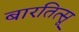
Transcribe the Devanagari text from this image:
बारतित्सू